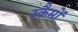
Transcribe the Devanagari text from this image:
स्कैमों